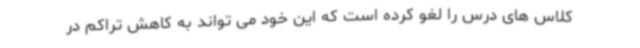
کلاس های درس را لغو کرده است که این خود می تواند به کاهش تراکم در